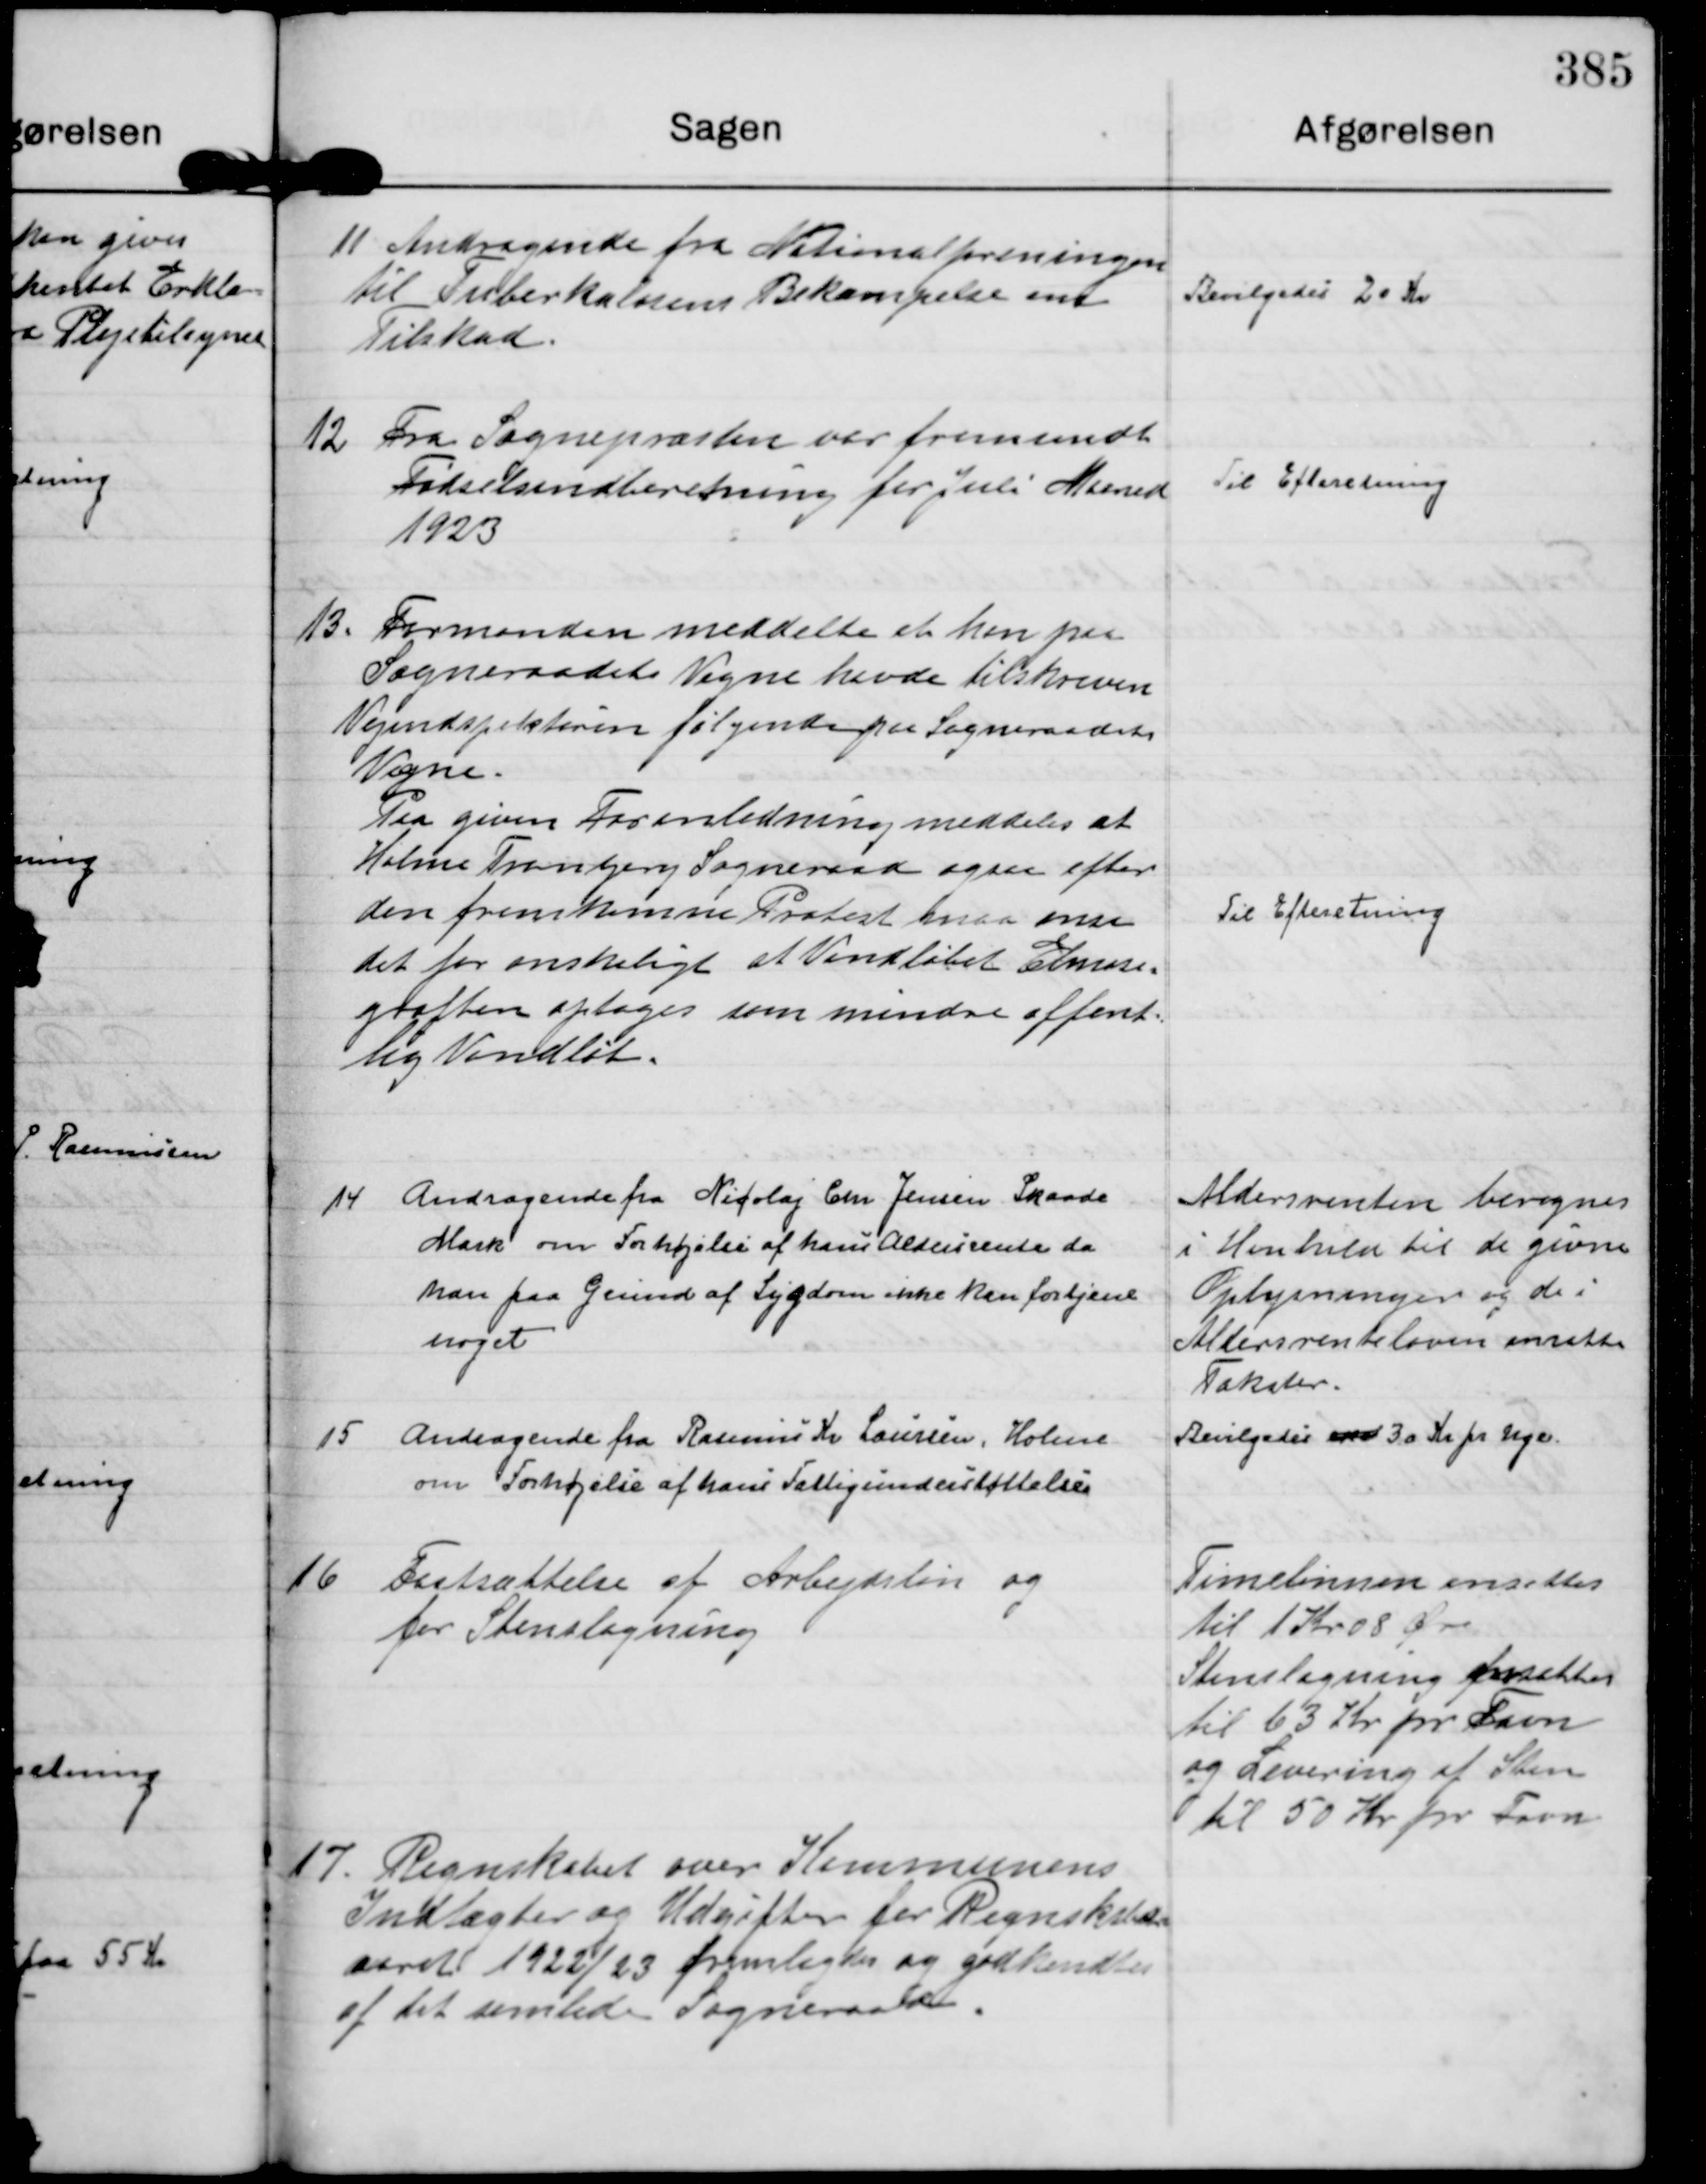
Transskription:
11
Andragende fra Nationalforeningen
til Tuberkulosens Bekæmpelse om
Tilskud.

Bevilgedes 20 Kr

12
Fra Sognepræsten var fremsendt
Fødselsindberetning for Juli Maaned
1923

Til Efteretning

13.
Formanden meddelte at han paa
Sogneraadets Vegne havde tilskreven
Vejindspektøren følgende paa Sogneraadets 
Vegne.
Paa given Foranledning meddeles at
Holme Tranbjerg Sogneraad ogsaa efter
den fremkomne Protest maa anse
det for ønskeligt at Vandløbet Elmose=
grøften optages som mindre offent=
lig Vandløb.

Til Efteretning

14
Andragende fra Nicolaj Chr Jensen Skaade
Mark om Forhøjelse af hans Aldersrente da
han paa Grund af Sygdom ikke kan fortjene
noget

Aldersrenten beregnes
i Henhold til de givne
Oplysninger og de i
Aldersrenteloven ansatte
Takster.

15
Andragende fra Rasmus Kr Laursen, Holme
om Forhøjelse af hans Fattigunderstøttelse

Bevilgedes med 30 Kr pr Uge.

16
Fastsættelse af Arbejdsløn og
for Stenslagning

Timelønnen ansattes
til 1 Kr 08 Øre
Stenslagning fassattes
til 63 Kr pr Favn
og Levering af Sten
til 50 Kr pr Favn

17.
Regnskabet over Kommunens
Indtægter og Udgifter for Regnskabs=
aaret 1922/23 fremlagdes og godkendtes
af det samlede Sogneraad.